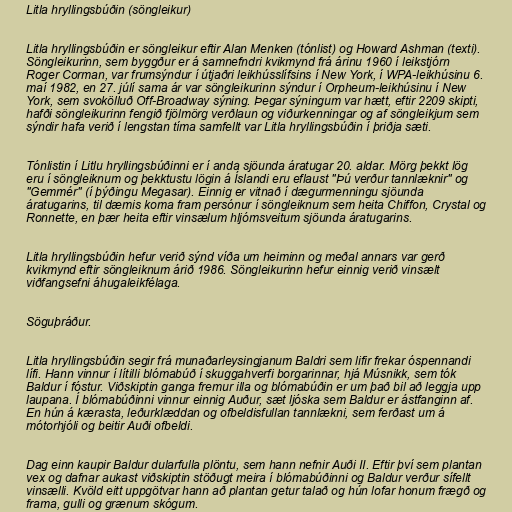
Litla hryllingsbúðin (söngleikur)

Litla hryllingsbúðin er söngleikur eftir Alan Menken (tónlist) og Howard Ashman (texti).
Söngleikurinn, sem byggður er á samnefndri kvikmynd frá árinu 1960 í leikstjórn
Roger Corman, var frumsýndur í útjaðri leikhússlífsins í New York, í WPA-leikhúsinu 6.
maí 1982, en 27. júlí sama ár var söngleikurinn sýndur í Orpheum-leikhúsinu í New
York, sem svokölluð Off-Broadway sýning. Þegar sýningum var hætt, eftir 2209 skipti,
hafði söngleikurinn fengið fjölmörg verðlaun og viðurkenningar og af söngleikjum sem
sýndir hafa verið í lengstan tíma samfellt var Litla hryllingsbúðin í þriðja sæti.

Tónlistin í Litlu hryllingsbúðinni er í anda sjöunda áratugar 20. aldar. Mörg þekkt lög
eru í söngleiknum og þekktustu lögin á Íslandi eru eflaust "Þú verður tannlæknir" og
"Gemmér" (í þýðingu Megasar). Einnig er vitnað í dægurmenningu sjöunda
áratugarins, til dæmis koma fram persónur í söngleiknum sem heita Chiffon, Crystal og
Ronnette, en þær heita eftir vinsælum hljómsveitum sjöunda áratugarins.

Litla hryllingsbúðin hefur verið sýnd víða um heiminn og meðal annars var gerð
kvikmynd eftir söngleiknum árið 1986. Söngleikurinn hefur einnig verið vinsælt
viðfangsefni áhugaleikfélaga.

Söguþráður.

Litla hryllingsbúðin segir frá munaðarleysingjanum Baldri sem lifir frekar óspennandi
lífi. Hann vinnur í lítilli blómabúð í skuggahverfi borgarinnar, hjá Músnikk, sem tók
Baldur í fóstur. Viðskiptin ganga fremur illa og blómabúðin er um það bil að leggja upp
laupana. Í blómabúðinni vinnur einnig Auður, sæt ljóska sem Baldur er ástfanginn af.
En hún á kærasta, leðurklæddan og ofbeldisfullan tannlækni, sem ferðast um á
mótorhjóli og beitir Auði ofbeldi.

Dag einn kaupir Baldur dularfulla plöntu, sem hann nefnir Auði II. Eftir því sem plantan
vex og dafnar aukast viðskiptin stöðugt meira í blómabúðinni og Baldur verður sífellt
vinsælli. Kvöld eitt uppgötvar hann að plantan getur talað og hún lofar honum frægð og
frama, gulli og grænum skógum.